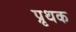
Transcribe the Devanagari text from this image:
प्रृथक